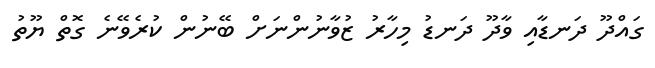
ގައްދޫ ދަނޑާއި ވާދޫ ދަނޑު މިހާރު ޒުވާނުންނަށް ބޭނުން ކުރެވޭނެ ގޮތް ޔޫތު